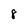
Character: 8